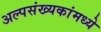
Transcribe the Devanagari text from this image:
अल्पसंख्यकांमध्ये